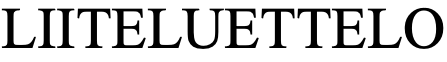
LIITELUETTELO